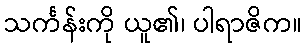
သင်္ကန်းကို ယူ၏၊ ပါရာဇိက။